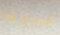
أسرارها